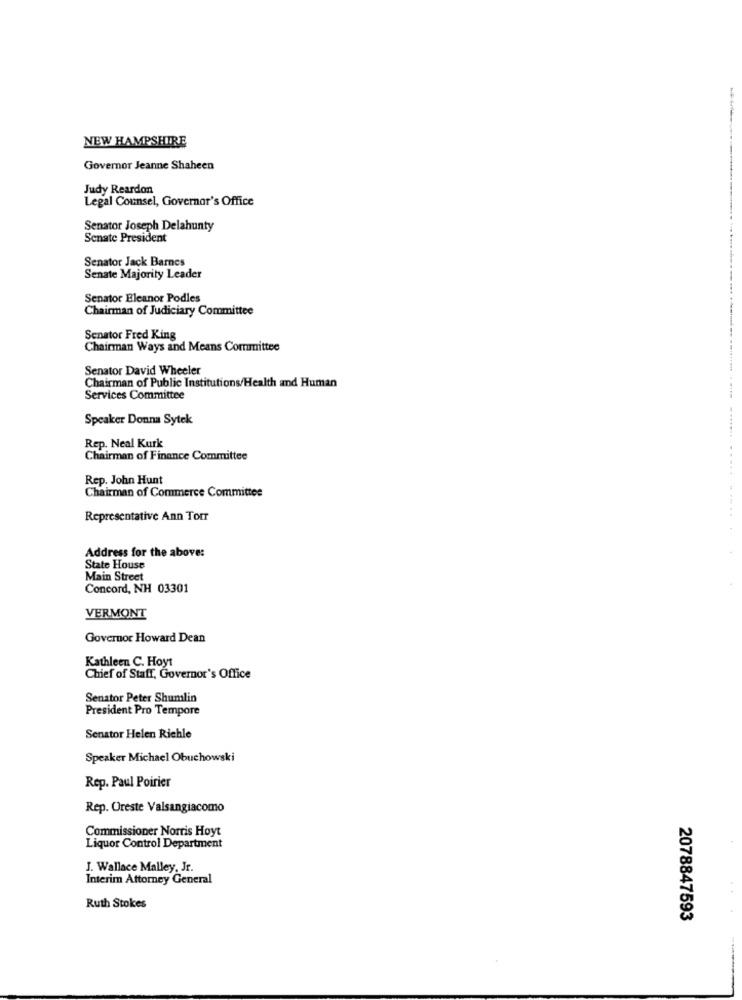
NEW HAMPSHIRE
Governor Jeanne Shaheen
Judy Reardon
Legal Counsel, Governor's Office
Senator Joseph Delahunty
Senate President
Senator Jack Barnes
Senate Majority Leader
Senator Eleanor Podles
Chairman of Judiciary Committee
Senator Fred King
Chairman Ways and Means Committee
Senator David Wheeler
Chairman of Public Institutions/Health and Human
Services Committee
Speaker Donna Sytek
.....
Rep. Neal Kurk
Chairman of Finance Committee
Rep. John Hunt
Chairman of Commerce Committee
Representative Ann Torr
Address for the above:
State House
Main Street
Concord, NH 03301
VERMONT
Governor Howard Dean
Kathleen C. Hoyt
Chief of Staff, Governor's Office
Senator Peter Shumlin
President Pro Tempore
Senator Helen Richle
Speaker Michael Obuchowski
Rep. Paul Poirier
Rep. Oreste Valsangiacomo
Commissioner Norris Hoyt
Liquor Control Department
J. Wallace Malley, Jr.
Interim Attorney General
Ruth Stokes
2078847593